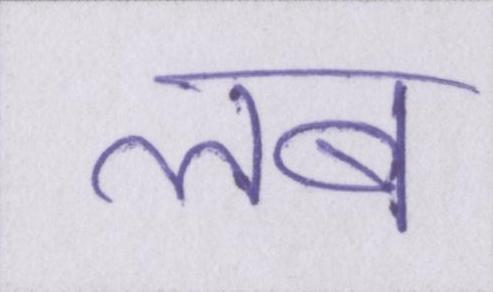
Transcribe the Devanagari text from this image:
लब